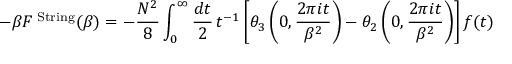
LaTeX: - \beta F ^ { \mathrm { { \tiny ~ S t r i n g } } } ( \beta ) = - \frac { N ^ { 2 } } { 8 } \int _ { 0 } ^ { \infty } \frac { d t } { 2 } \, t ^ { - 1 } \left[ \theta _ { 3 } \left( 0 , \frac { 2 \pi i t } { \beta ^ { 2 } } \right) - \theta _ { 2 } \left( 0 , \frac { 2 \pi i t } { \beta ^ { 2 } } \right) \right] f ( t )